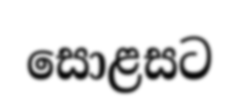
සොළසට